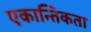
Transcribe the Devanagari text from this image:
एकान्तिकता